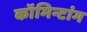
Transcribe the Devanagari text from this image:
कॉमिन्टांग